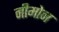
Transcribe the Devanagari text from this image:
नीमोन